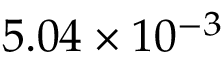
5 . 0 4 \times 1 0 ^ { - 3 }